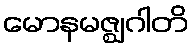
မောနမဇ္ဈဂါတိ